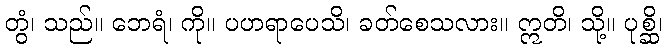
တွံ၊ သည်။ ဘေရံ၊ ကို။ ပဟရာပေသိ၊ ခတ်စေသလား။ ဣတိ၊ သို့။ ပုစ္ဆိ၊